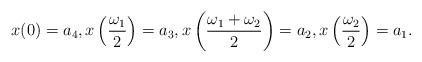
LaTeX: \begin{align*} x(0)=a_{4},x\left(\frac{\omega_{1}}{2}\right)=a_{3},x\left(\frac{\omega_{1}+\omega_{2}}{2}\right)=a_2,x\left(\frac{\omega_{2}}{2}\right)=a_1.\end{align*}